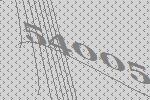
54005